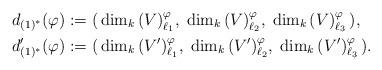
LaTeX: \begin{align*} d_{(1)^*}(\varphi) &:= (\, \dim_k \, (V)^\varphi_{\ell_1}, \; \dim_k \, (V)^\varphi_{\ell_2}, \; \dim_k \, (V)^\varphi_{\ell_3} \,) , \\ d'_{(1)^*}(\varphi) &:= (\, \dim_k \, (V')^\varphi_{\ell_1}, \; \dim_k \, (V')^\varphi_{\ell_2}, \; \dim_k \, (V')^\varphi_{\ell_3} \,) . \end{align*}